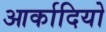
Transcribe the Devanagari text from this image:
आर्कादियो